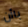
باأن